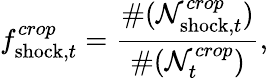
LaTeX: f_{\mathrm{shock},t}^{crop}=\frac{\# (\mathcal{N}_{{\mathrm{shock}},t}^{crop})}{\# ({\mathcal{N}}_{t}^{crop})},